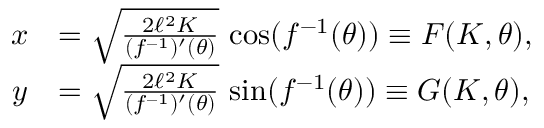
\begin{array} { r l } { x } & { = \sqrt { \frac { 2 \ell ^ { 2 } K } { ( f ^ { - 1 } ) ^ { \prime } ( \theta ) } } \, \cos ( f ^ { - 1 } ( \theta ) ) \equiv F ( K , \theta ) , } \\ { y } & { = \sqrt { \frac { 2 \ell ^ { 2 } K } { ( f ^ { - 1 } ) ^ { \prime } ( \theta ) } } \, \sin ( f ^ { - 1 } ( \theta ) ) \equiv G ( K , \theta ) , } \end{array}